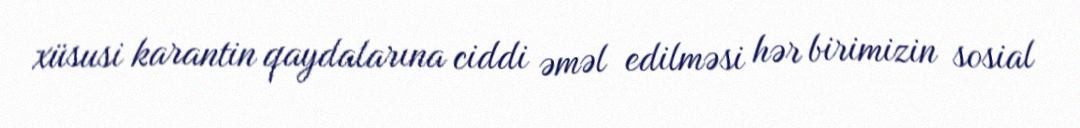
xüsusi karantin qaydalarına ciddi əməl edilməsi hər birimizin sosial